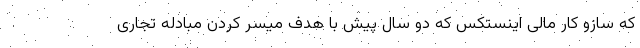
که سازو کار مالی اینستکس که دو سال پیش با هدف میسر کردن مبادله تجاری